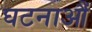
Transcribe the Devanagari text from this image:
घटनाऔं